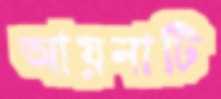
আয়নাটি